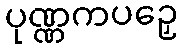
ပုဏ္ဏကပဉှေ